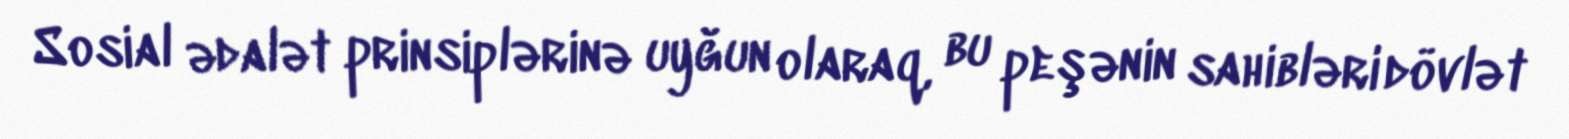
Sosial ədalət prinsiplərinə uyğun olaraq, bu peşənin sahibləri dövlət